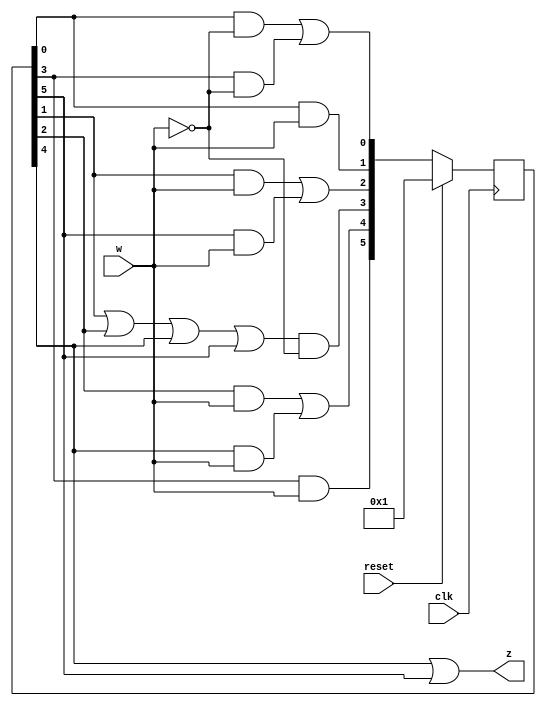
module top_module (
    input clk,
    input reset,   // Synchronous active-high reset
    input w,
    output z
);
    parameter A=0,B=1,C=2,D=3,E=4,F=5;
    reg [5:0] ps, ns;
    
    always @(posedge clk) begin
        if(reset)
            ps <= 1;
        else
            ps <= ns;
    end
    
    always @(*) begin
        ns[A] = ps[A]&~w | ps[D]&~w;
        ns[B] = ps[A]&w;
        ns[C] = ps[B]&w | ps[F]&w;
        ns[D] = (ps[B]|ps[C]|ps[E]|ps[F])&~w;
        ns[E] = ps[C]&w | ps[E]&w;
        ns[F] = ps[D]&w;
    end
    
    assign z = ps[E] | ps[F];

endmodule